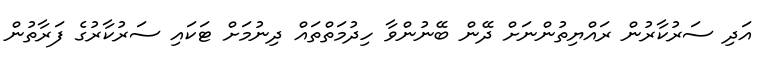
އަދި ސަރުކާރުން ރައްޔިތުންނަށް ދޭން ބޭނުންވާ ހިދުމަތްތައް ދިނުމަށް ޓަކައި ސަރުކާރުގެ ފަރާތުން